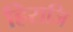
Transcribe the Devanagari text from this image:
हिराजि